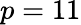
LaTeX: p=11